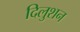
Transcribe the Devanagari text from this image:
दिलुशन